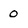
Character: 0